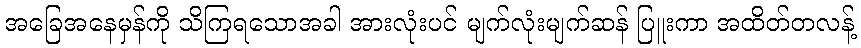
အခြေအနေမှန်ကို သိကြရသောအခါ အားလုံးပင် မျက်လုံးမျက်ဆန် ပြူးကာ အထိတ်တလန့်